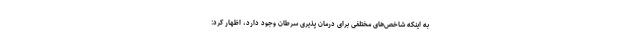
به اینکه شاخص‌های مختلفی برای درمان پذیری سرطان وجود دارد، اظهار کرد: